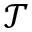
\mathcal { T }